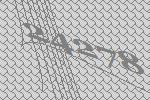
24278